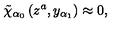
\tilde { \chi } _ { \alpha _ { 0 } } \left( z ^ { a } , y _ { \alpha _ { 1 } } \right) \approx 0 ,